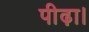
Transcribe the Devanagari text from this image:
पीढ़ा।